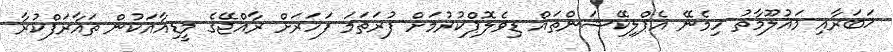
ޚަބަރާއި މައުލޫމާތު ހިމެނޭ އެޕްލިކޭޝަންތައް ޑިވެލޮޕްކުރުމަށް ފުރަތަމަ ފަހަރަށް ރާއްޖޭގެ މީޑިއާއަކުން ތައާރަފްކުރާ